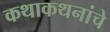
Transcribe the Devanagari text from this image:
कथाकथनांचे